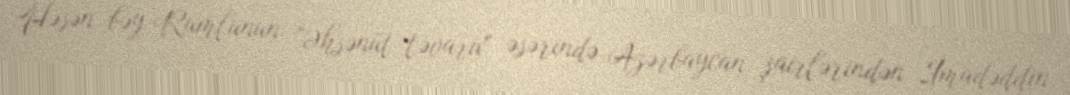
Həsən bəy Rumlunun "Əhsənüt-təvarix" əsərində Azərbaycan şairlərindən İmadəddin